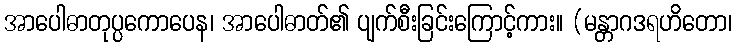
အာပေါဓာတုပ္ပကောပေန၊ အာပေါဓာတ်၏ ပျက်စီးခြင်းကြောင့်ကား။ (မန္တာဂဒရဟိတော၊